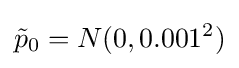
{\tilde {p}}_{0}=N(0,0.001^{2})